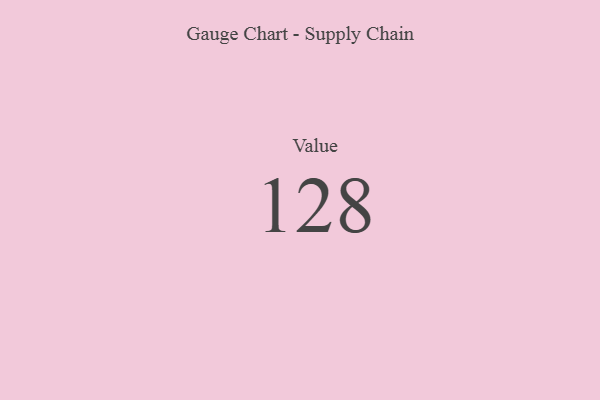
{"axis": {"x": "Metric", "y": "Value"}, "legend": [""], "data": [{"x": "Value", "y": 128, "type": ""}]}